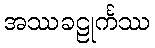
အဿခဠုင်္ကဿ